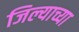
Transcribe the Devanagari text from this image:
जिल्याच्या